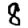
Digit: 8